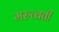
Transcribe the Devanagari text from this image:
मरुत्वती